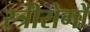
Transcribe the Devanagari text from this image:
स्त्रीरोगों